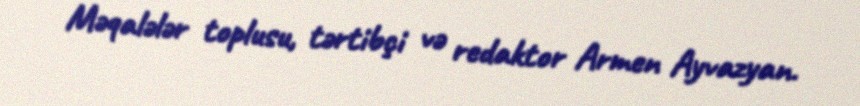
Məqalələr toplusu, tərtibçi və redaktor Armen Ayvazyan.